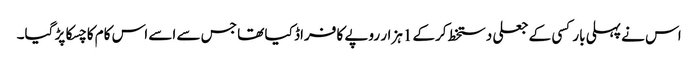
اس نے پہلی بار کسی کے جعلی دستخط کرکے 1ہزار روپے کا فراڈ کیا تھا جس سے اسے اس کام کا چسکا پڑ گیا۔